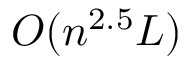
O ( n ^ { 2 . 5 } L )